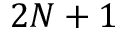
2 N + 1